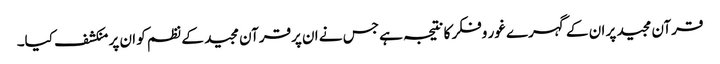
قرآن مجید پر ان کے گہرے غور وفکر کا نتیجہ ہے جس نے ان پرقرآن مجید کے نظم کو ان پر منکشف کیا۔